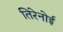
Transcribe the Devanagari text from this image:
तिरेनोई